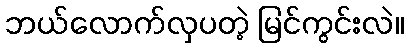
ဘယ်လောက်လှပတဲ့ မြင်ကွင်းလဲ။